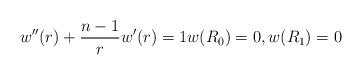
LaTeX: \begin{align*} w''(r)+\frac{n-1}{r}w'(r)=1 w(R_0)=0, w(R_1)=0 \end{align*}